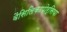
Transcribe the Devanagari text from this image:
वैसिलिकापोर्सिया